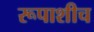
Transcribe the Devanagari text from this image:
रूपाशीच